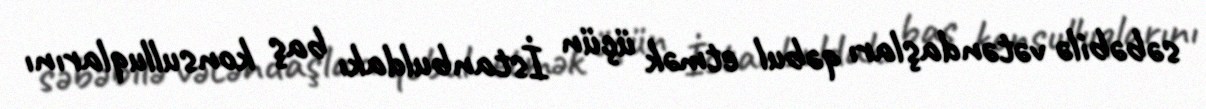
səbəbilə vətəndaşları qəbul etmək üçün İstanbuldakı baş konsulluqlarını